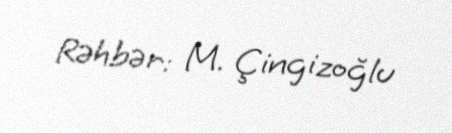
Rəhbər: M. Çingizoğlu